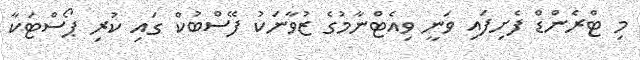
މި ޓްރެންޑް ފެށިފައި ވަނީ ވިއެޓްނާމުގެ ޒުވާނަކު ފޭސްބުކް ގައި ކުރި ޕޯސްޓަކާ